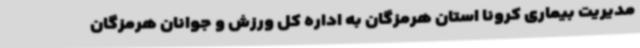
مدیریت بیماری کرونا استان هرمزگان به اداره کل ورزش و جوانان هرمزگان